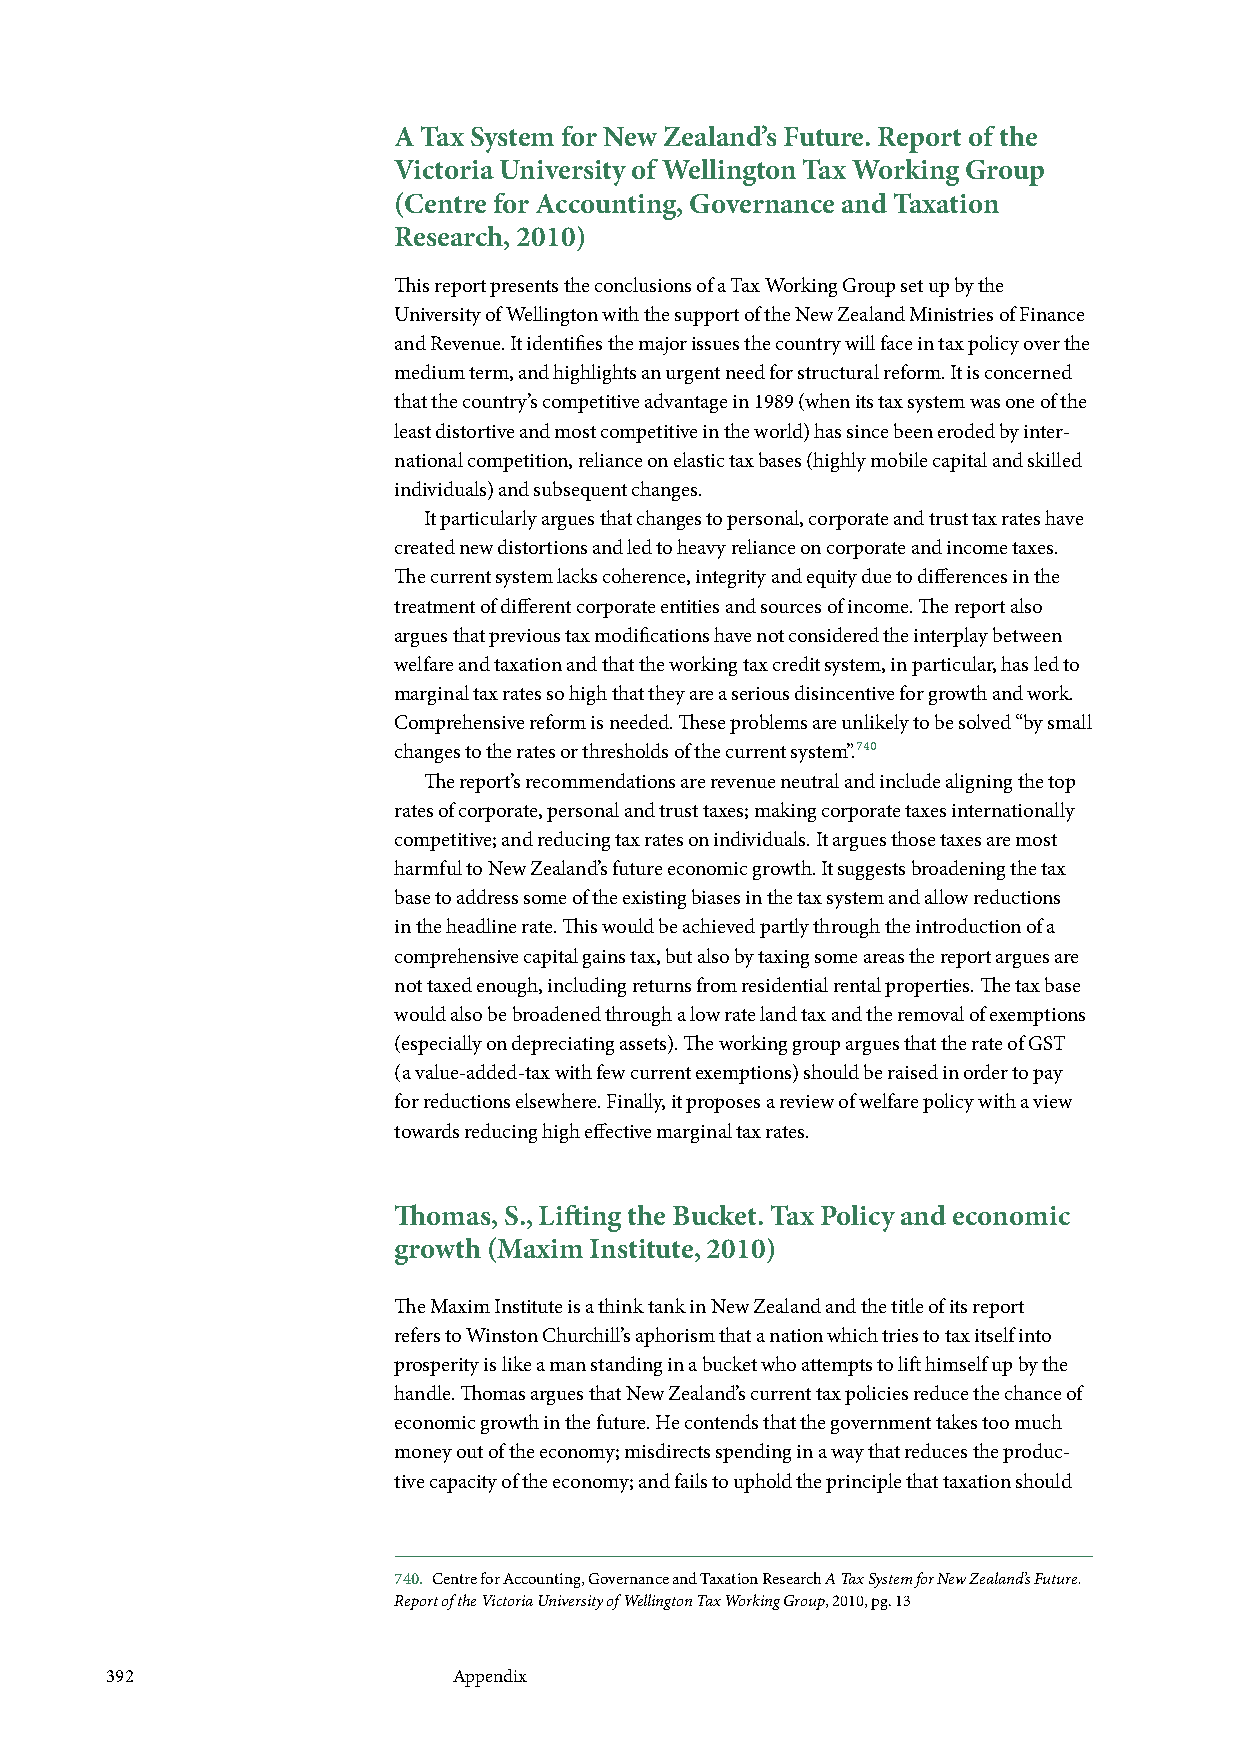
A Tax System for New Zealand’s Future. Report of the
 Victoria University of Wellington Tax Working Group
 (Centre for Accounting, Governance and Taxation
 Research, 2010)
 This report presents the conclusions of a Tax Working Group set up by the
 University of Wellington with the support of the New Zealand Ministries of Finance
 and Revenue. It identifies the major issues the country will face in tax policy over the
 medium term, and highlights an urgent need for structural reform. It is concerned
 that the country’s competitive advantage in 1989 (when its tax system was one of the
 least distortive and most competitive in the world) has since been eroded by inter-
 national competition, reliance on elastic tax bases (highly mobile capital and skilled
 individuals) and subsequent changes.
 It particularly argues that changes to personal, corporate and trust tax rates have
 created new distortions and led to heavy reliance on corporate and income taxes.
 The current system lacks coherence, integrity and equity due to differences in the
 treatment of different corporate entities and sources of income. The report also
 argues that previous tax modifications have not considered the interplay between
 welfare and taxation and that the working tax credit system, in particular, has led to
 marginal tax rates so high that they are a serious disincentive for growth and work.
 Comprehensive reform is needed. These problems are unlikely to be solved “by small
 changes to the rates or thresholds of the current system”.740
 The report’s recommendations are revenue neutral and include aligning the top
 rates of corporate, personal and trust taxes; making corporate taxes internationally
 competitive; and reducing tax rates on individuals. It argues those taxes are most
 harmful to New Zealand’s future economic growth. It suggests broadening the tax
 base to address some of the existing biases in the tax system and allow reductions
 in the headline rate. This would be achieved partly through the introduction of a
 comprehensive capital gains tax, but also by taxing some areas the report argues are
 not taxed enough, including returns from residential rental properties. The tax base
 would also be broadened through a low rate land tax and the removal of exemptions
 (especially on depreciating assets). The working group argues that the rate of GST
 (a value-added-tax with few current exemptions) should be raised in order to pay
 for reductions elsewhere. Finally, it proposes a review of welfare policy with a view
 towards reducing high effective marginal tax rates.
 Thomas, S., Lifting the Bucket. Tax Policy and economic
 growth (Maxim Institute, 2010)
 The Maxim Institute is a think tank in New Zealand and the title of its report
 refers to Winston Churchill’s aphorism that a nation which tries to tax itself into
 prosperity is like a man standing in a bucket who attempts to lift himself up by the
 handle. Thomas argues that New Zealand’s current tax policies reduce the chance of
 economic growth in the future. He contends that the government takes too much
 money out of the economy; misdirects spending in a way that reduces the produc-
 tive capacity of the economy; and fails to uphold the principle that taxation should
 740. Centre for Accounting, Governance and Taxation Research A Tax System for New Zealand’s Future.
 Report of the Victoria University of Wellington Tax Working Group, 2010, pg. 13
 392                    Appendix